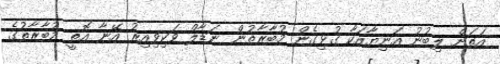
އަތަށް ލިބުނު އަނިޔާއަކާ ގުޅިގެން މުބާރާތުން ނަޑާލް ވަކިވިއިރު އޭނާ އޮތީ މުބާރާތުގެ